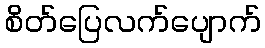
စိတ်ပြေလက်ပျောက်